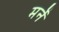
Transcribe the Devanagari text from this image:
मर्ने